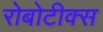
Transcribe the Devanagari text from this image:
रोबोटीक्स